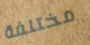
مختلفة